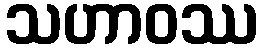
သဟာဝဿ